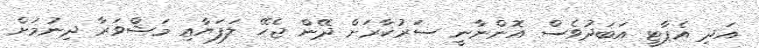
އަދި އެޕާޓީ އަބަދުވެސް އޮންނާނީ ސަރުކާރަށް ދޭން ޖެހޭ ލަފަޔާއި މަޝްވަރާ ދިނުމަށް